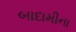
બાદામીના